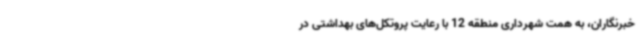
خبرنگاران، به همت شهرداری منطقه 12 با رعایت پروتکل‌های بهداشتی در